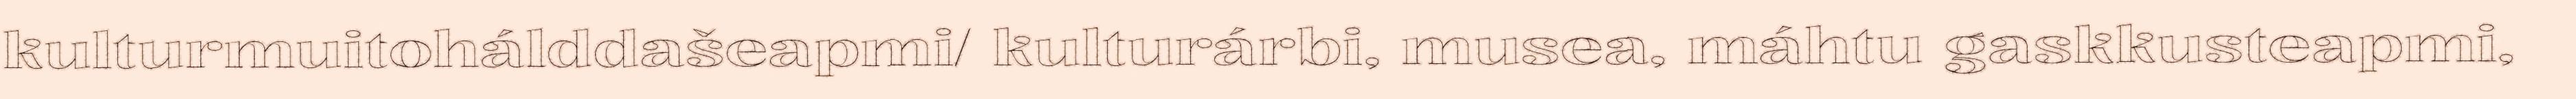
kulturmuitohálddašeapmi/ kulturárbi, musea, máhtu gaskkusteapmi,